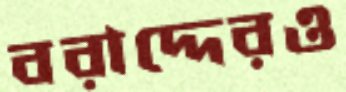
বরাদ্দেরও